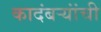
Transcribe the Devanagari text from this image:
कादंबर्‍यांंची